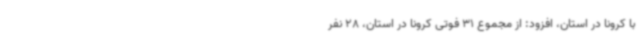
با کرونا در استان، افزود: از مجموع 31 فوتی کرونا در استان، 28 نفر